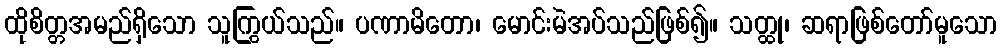
ထိုစိတ္တအမည်ရှိသော သူကြွယ်သည်။ ပဏာမိတော၊ မောင်းမဲအပ်သည်ဖြစ်၍။ သတ္ထု၊ ဆရာဖြစ်တော်မူသော